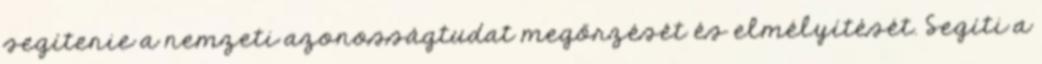
segítenie a nemzeti azonosságtudat megőrzését és elmélyítését. Segíti a